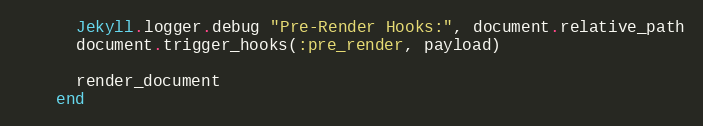
Language: Ruby
      Jekyll.logger.debug "Pre-Render Hooks:", document.relative_path
      document.trigger_hooks(:pre_render, payload)

      render_document
    end